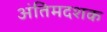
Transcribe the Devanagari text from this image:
अंतिमदशक